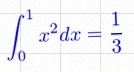
\int_0^1 x^2dx=\frac13